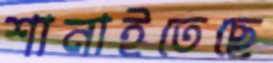
শানাইতেছে